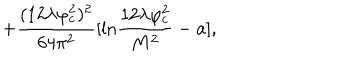
+ \frac { ( 1 2 \lambda \varphi _ { c } ^ { 2 } ) ^ { 2 } } { 6 4 \pi ^ { 2 } } [ \mathrm { l n } \frac { 1 2 \lambda \varphi _ { c } ^ { 2 } } { M ^ { 2 } } - a ] ,